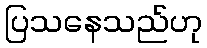
ပြသနေသည်ဟု